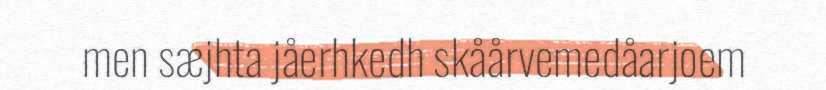
men sæjhta jåerhkedh skåårvemedåarjoem